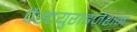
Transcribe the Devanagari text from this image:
पैस्टयुराइज़ेशन